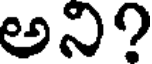
అని?